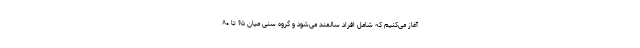
آغاز می‌کنیم که شامل افراد سالمند می‌شود و گروه سنی میان ۶۵ تا ٨٠